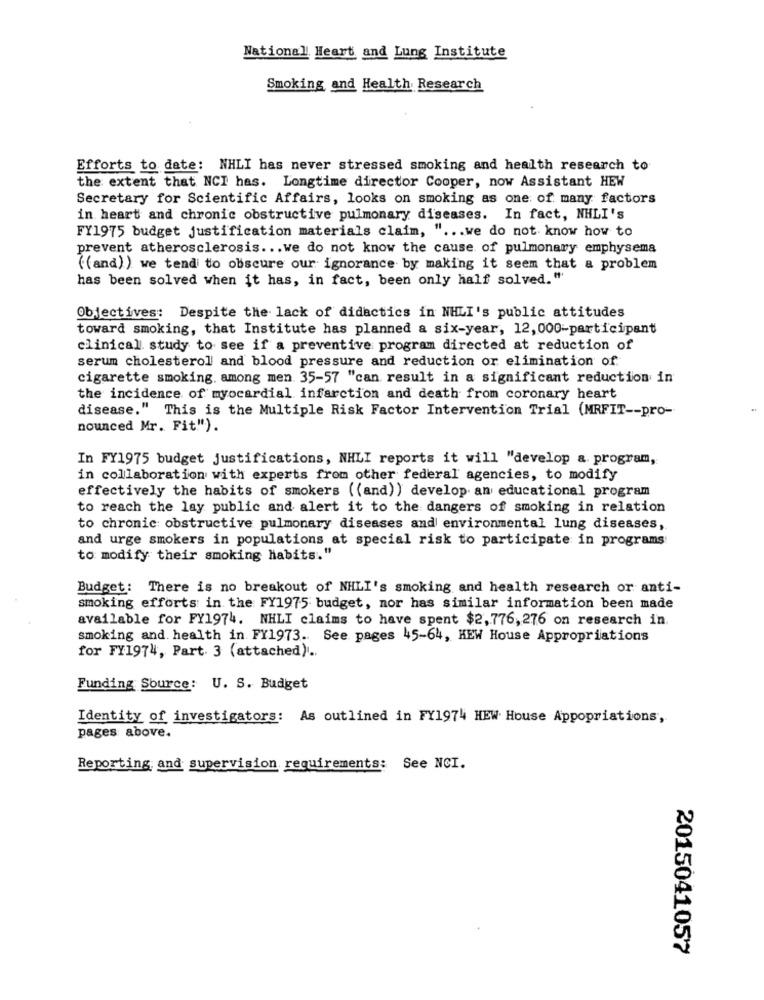
National Heart and Lung Institute
Smoking and Health Research
Efforts to date: NHLI has never stressed smoking and health research to
the extent that NCI has. Longtime director Cooper, now Assistant HEW
Secretary for Scientific Affairs, looks on smoking as one of many factors
in heart and chronic obstructive pulmonary diseases. In fact, NHLI's
FY1975 budget justification materials claim, " ... we do not know how to
prevent atherosclerosis ... we do not know the cause of pulmonary emphysema
((and)) we tend to obscure our ignorance by making it seem that a problem
has been solved when it has, in fact, been only half solved."
Objectives: Despite the lack of didactics in NHLI's public attitudes
toward smoking, that Institute has planned a six-year, 12, 000-participant
clinical study to see if a preventive program directed at reduction of
serum cholesterol and blood pressure and reduction or elimination of
cigarette smoking, among men. 35-57 "can result in a significant reduction in
the incidence of myocardial infarction and death from coronary heart
disease." This is the Multiple Risk Factor Intervention Trial (MRFIT -- pro-
nounced Mr. Fit").
In FY1975 budget justifications, NHLI reports it will "develop a. program,
in collaboration with experts from other federal agencies, to modify
effectively the habits of smokers ((and)) develop an educational program
to reach the lay public and alert it to the dangers of smoking in relation
to chronic obstructive pulmonary diseases and environmental lung diseases,
and urge smokers in populations at special risk to participate in programs
to modify their smoking habits."
Budget: There is no breakout of NHLI's smoking and health research or anti-
smoking efforts in the FY1975 budget, nor has similar information been made
available for FY1974. NHLI claims to have spent $2,776,276 on research in.
smoking and. health in FY1973. See pages 45-64, HEW House Appropriations
for FY1974, Part 3 (attached) ..
Funding Source: U. S. Budget
Identity of investigators: As outlined in FY1974 HEW House Appopriations,
pages: above.
Reporting and supervision requirements: See NCI.
2015041057